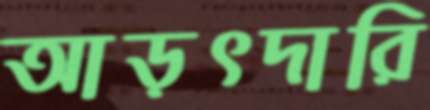
আড়ৎদারি